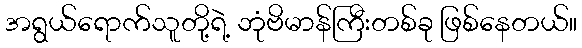
အရွယ်ရောက်သူတို့ရဲ့ ဘုံဗိမာန်ကြီးတစ်ခု ဖြစ်နေတယ်။